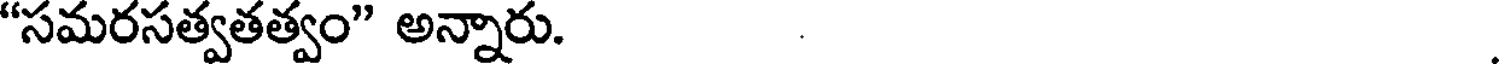
"సమరసత్వతత్వం" అన్నారు.